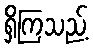
ရှိကြသည့်